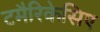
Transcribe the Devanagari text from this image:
टमैरिकेसिए